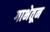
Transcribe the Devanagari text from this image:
गाभेतून